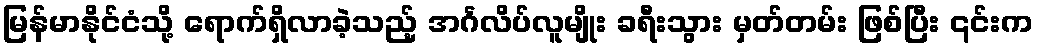
မြန်မာနိုင်ငံသို့ ရောက်ရှိလာခဲ့သည့် အင်္ဂလိပ်လူမျိုး ခရီးသွား မှတ်တမ်း ဖြစ်ပြီး ၎င်းက